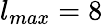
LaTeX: l_{max}=8